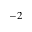
^ { - 2 }